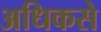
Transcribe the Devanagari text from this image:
अधिकसे